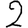
Digit: 2